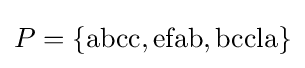
P=\{{\text{abcc}},{\text{efab}},{\text{bccla}}\}